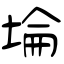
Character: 埨